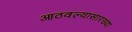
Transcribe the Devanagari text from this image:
आठवल्यासारख्या